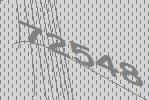
72548